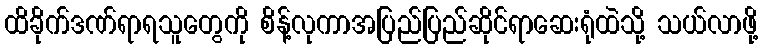
ထိခိုက်ဒဏ်ရာရသူတွေကို စိန့်လုကာအပြည်ပြည်ဆိုင်ရာဆေးရုံထဲသို့ သယ်လာဖို့